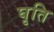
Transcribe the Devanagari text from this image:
घृति